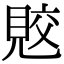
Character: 𧠭